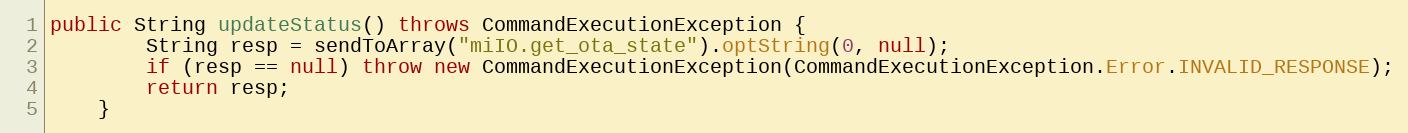
Language: Java
public String updateStatus() throws CommandExecutionException {
        String resp = sendToArray("miIO.get_ota_state").optString(0, null);
        if (resp == null) throw new CommandExecutionException(CommandExecutionException.Error.INVALID_RESPONSE);
        return resp;
    }